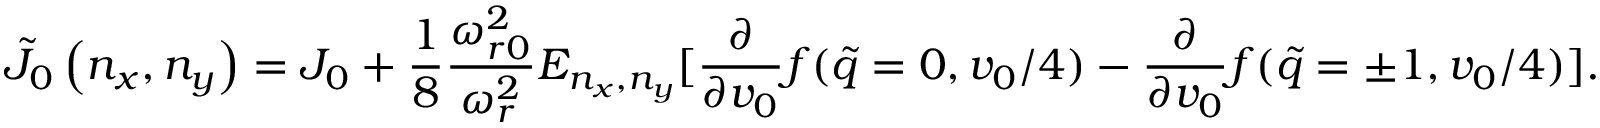
\tilde { J } _ { 0 } \left( n _ { x } , n _ { y } \right) = J _ { 0 } + \frac { 1 } { 8 } \frac { \omega _ { r 0 } ^ { 2 } } { \omega _ { r } ^ { 2 } } E _ { n _ { x } , n _ { y } } [ \frac { \partial } { \partial v _ { 0 } } f ( \tilde { q } = 0 , v _ { 0 } / 4 ) - \frac { \partial } { \partial v _ { 0 } } f ( \tilde { q } = \pm 1 , v _ { 0 } / 4 ) ] .